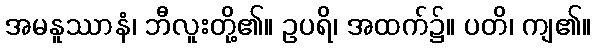
အမနူဿာနံ၊ ဘီလူးတို့၏။ ဥပရိ၊ အထက်၌။ ပတိ၊ ကျ၏။